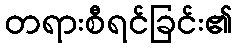
တရားစီရင်ခြင်း၏